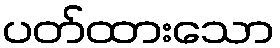
ပတ်ထားသော